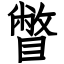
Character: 瞥